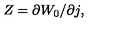
Z = \partial W _ { 0 } / \partial j ,